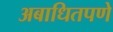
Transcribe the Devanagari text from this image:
अबाधितपणे